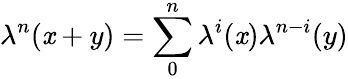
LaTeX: \lambda^{n}(\mathit{x}+y)=\sum_{0}^{n}\lambda^{i}(\mathit{x})\lambda^{n-i}(y)